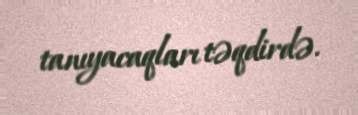
tanıyacaqları təqdirdə.